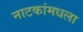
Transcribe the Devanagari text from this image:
नाटकांमधला